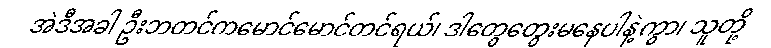
အဲဒီအခါ ဦးဘတင်ကမောင်မောင်တင်ရယ်၊ ဒါတွေတွေးမနေပါနဲ့ကွာ၊ သူတို့